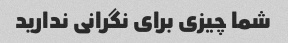
شما چیزی برای نگرانی ندارید